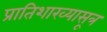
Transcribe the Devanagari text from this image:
प्रातिशाख्यासूत्र